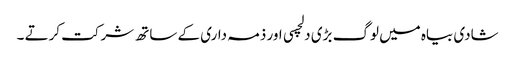
شادی بیاہ میں لوگ بڑی دلچسی اور ذمہ داری کے ساتھ شرکت کرتے ۔